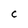
Character: C